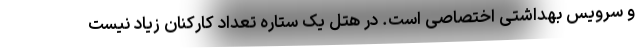
و سرویس بهداشتی اختصاصی است. در هتل یک ستاره تعداد کارکنان زیاد نیست